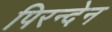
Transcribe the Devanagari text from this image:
पिरन्देन